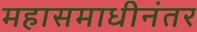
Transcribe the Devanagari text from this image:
महासमाधीनंतर